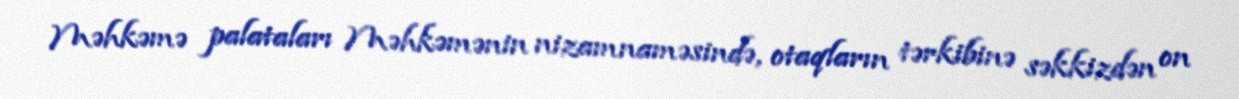
Məhkəmə palataları Məhkəmənin nizamnaməsində, otaqların tərkibinə səkkizdən on